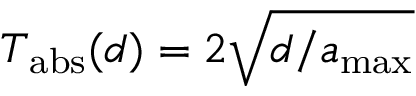
T _ { \mathrm { a b s } } ( d ) = 2 \sqrt { d / a _ { \mathrm { m a x } } }